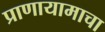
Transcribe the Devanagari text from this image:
प्राणायामाचा